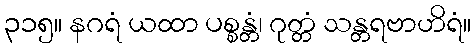
၃၁၅။ နဂရံ ယထာ ပစ္စန္တံ၊ ဂုတ္တံ သန္တရဗာဟိရံ။